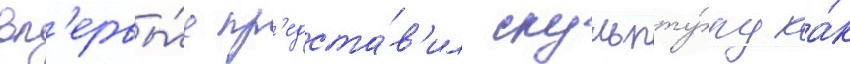
вп'ервы́е пр'едста́в'ил скульпту́ру ка́к